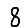
Digit: 8